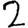
Digit: 2